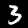
Digit: 3